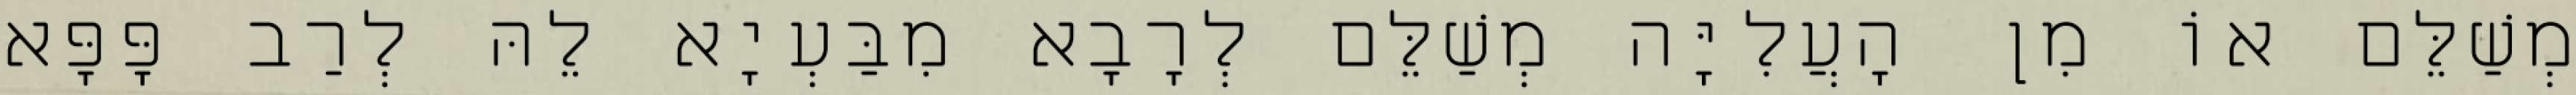
מְשַׁלֵּם אוֹ מִן הָעֲלִיָּה מְשַׁלֵּם לְרָבָא מִבַּעְיָא לֵהּ לְרַב פָּפָּא